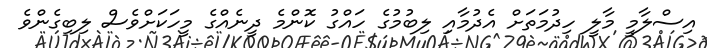
އިސްލާމީ މާލީ ހިދުމަތަށް އެދުމާއި ލިބުމުގެ ހައްގު ކޮންމެ ދީނެއްގެ މީހަކަށްވެސް ލިބިގެންވެ